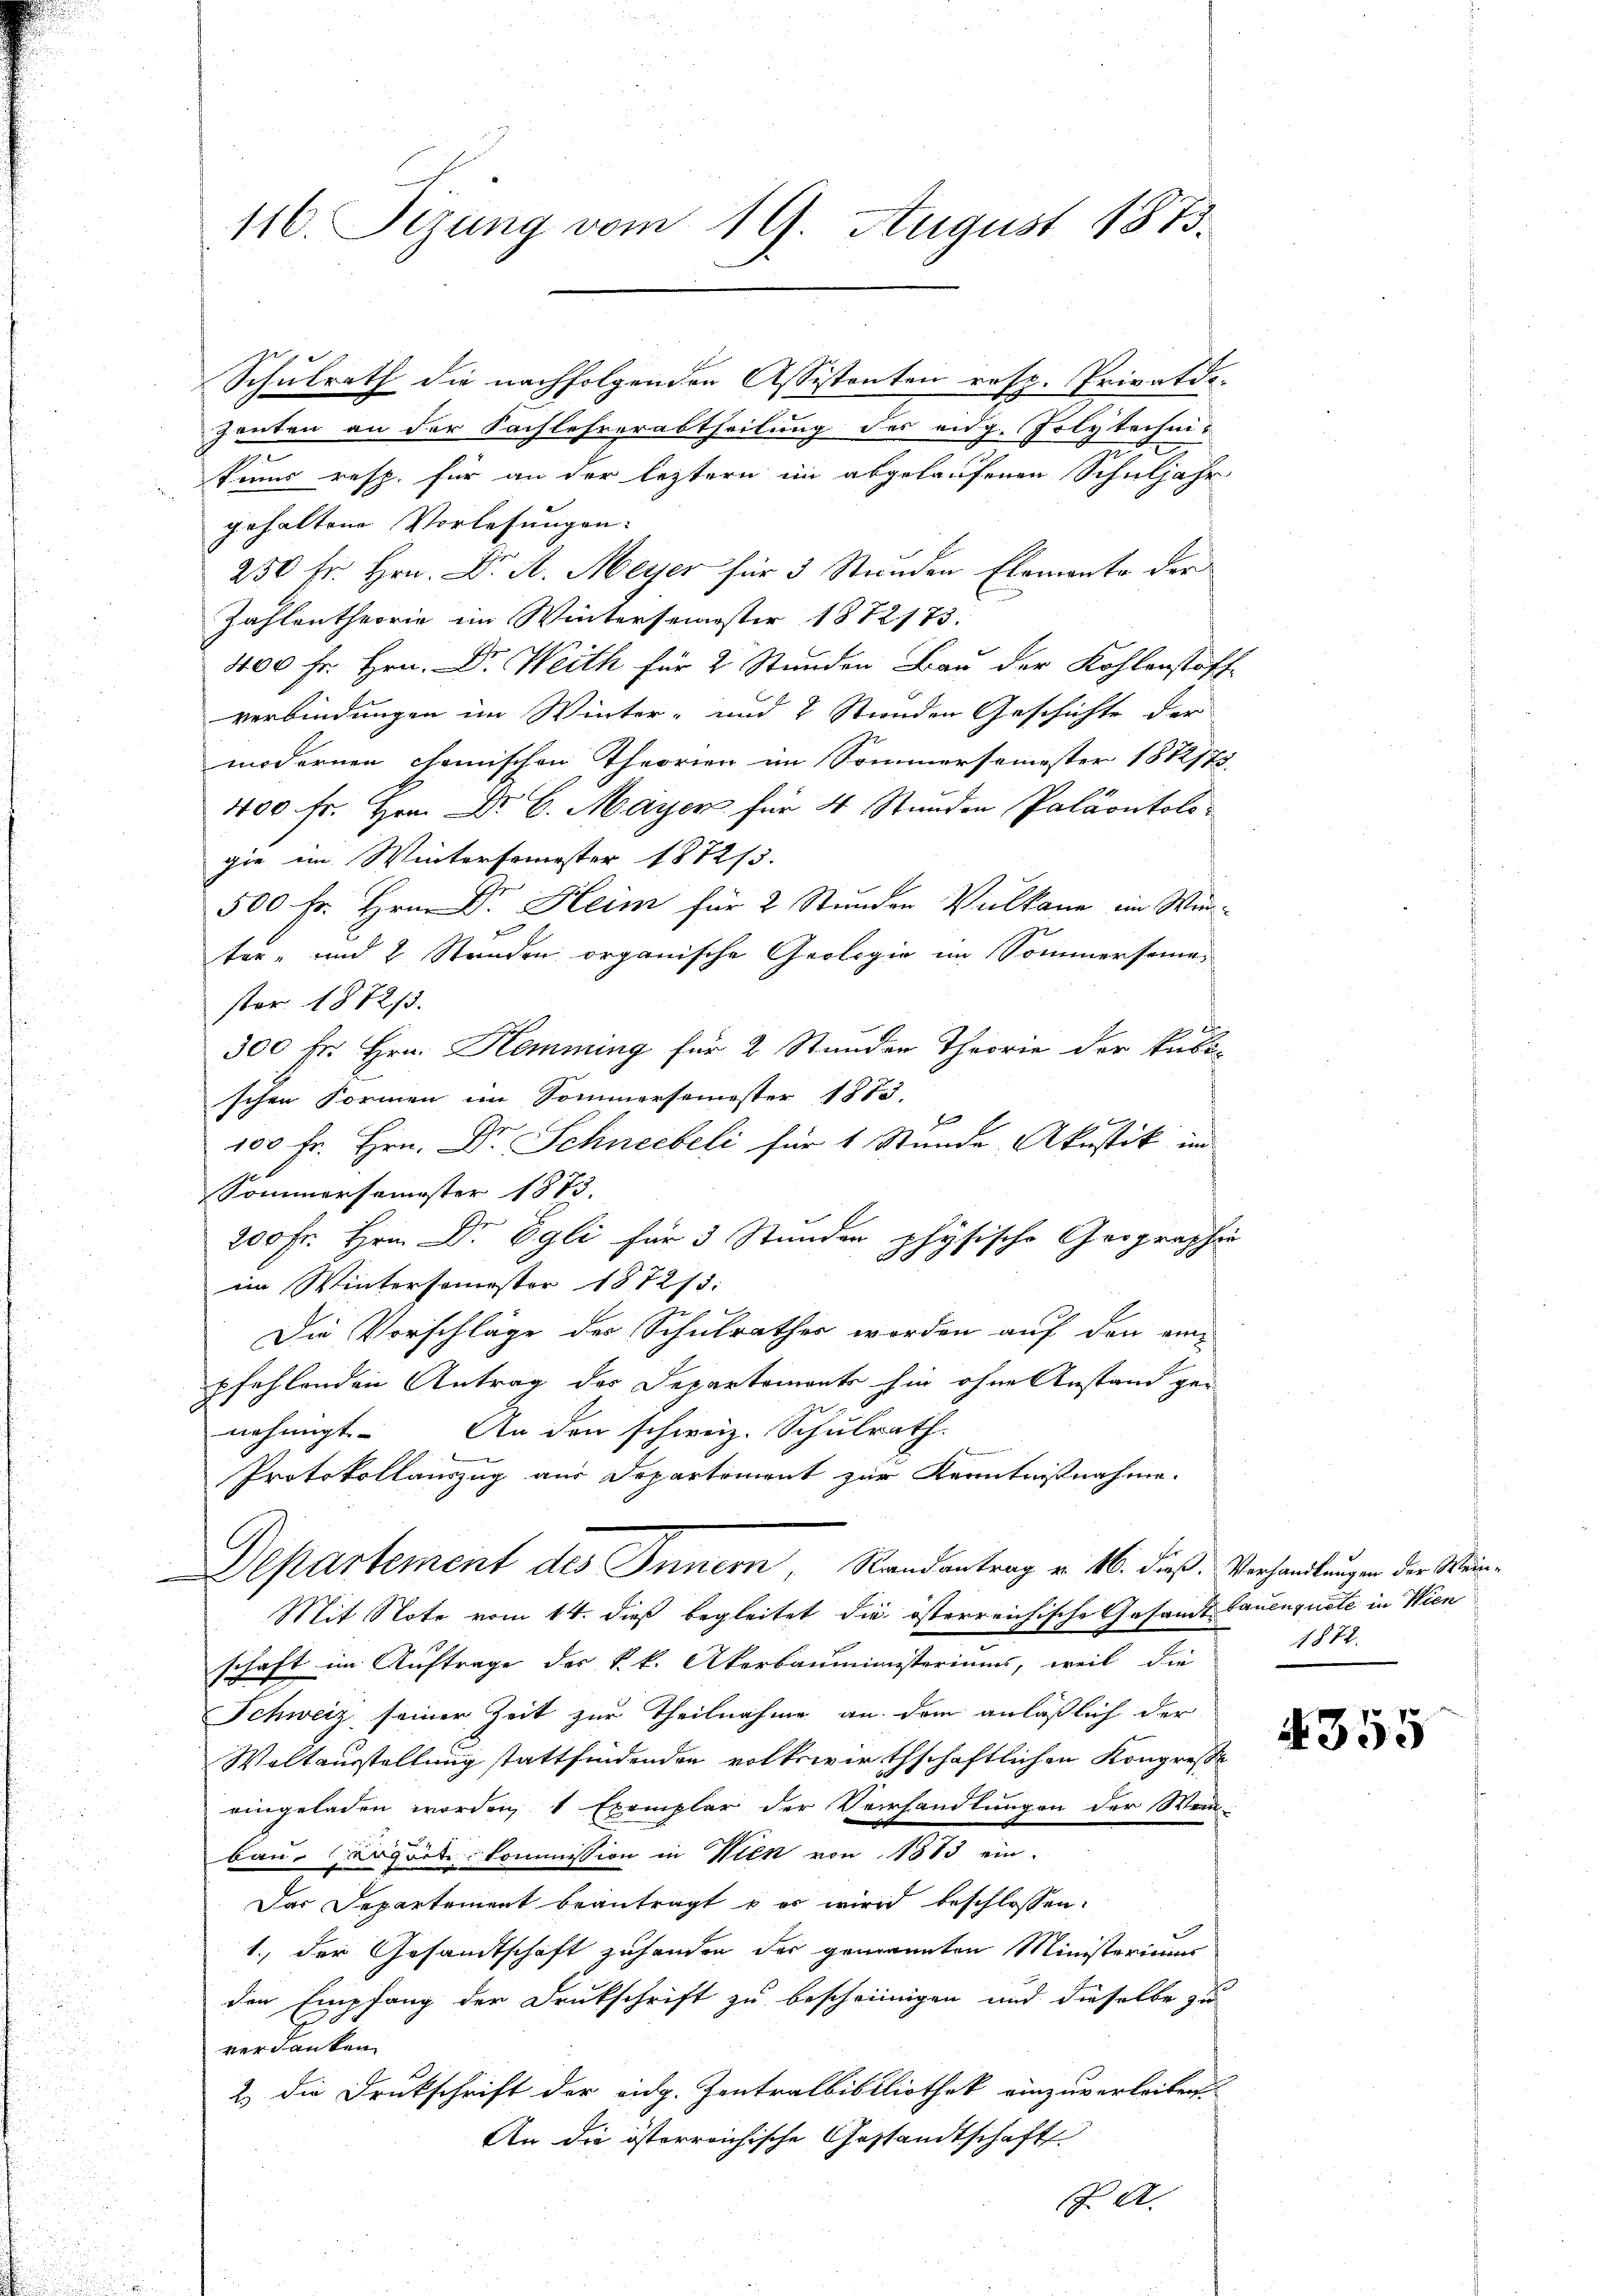
116. Sizung vom 19. August 1873.

Schulrath die nachfolgenden Assistenten resp. Privatdi-
Zeuten an der Sachlehrerabtheilung des eidg. Polytechni-
kumme resp. für an der leztern im abgelaufenen Schuljahr
gehaltene Vorlesungen-
250 fr. Hrn. Dr. A. Meyer für 3 Stunden Elemente der
Zahlentheorie im Wintersemester 1872/73.
400 Fr. Hrn. Dr. Weith für 2 Stunden Bau der Kohlenstoffe
verbindungen im Winter- und 2 Stunden Geschichte der
modernen chemischen Theorien im Sommersemester 1812173.
400 fr. Hrn. Dr. C. Mayer für 4 Stunden Paläontologie im Wintersemester 1872/3.
500 Fr. Hrn. Dr. Heim für 2 Stunden Vulkane im Wind
2
ter- und 2 Stunden organische Geologie im Sommersemester 1872/3.
300 Fr. Hrn. Hemming für 2 Stunden Theorie der Kubi-
schen Formen im Sommersemester 1873.
d
b
100 Fr. Hrn. Dr. Schneebeli für 1 Stunde Akastik im
Sommersemester 1873.
200 Fr. Hrn. Dr Egli für 3 Stunden physische Geographie
im Wintersamester 187273:
Die Vorschläge des Schulrathes worden auf den an
pfehlenden Antrag der Departemonts hin ohne Anstand genehmigt. An den schweiz. Schulrath.
Protokollauszug aus Departement zur Kenntnisnahme.
Departement des Innern, Randantrag v. 16. dieß: Verhandlungen der Wein¬
Mit Note vom 14. dieß begleitet die österreichische Gesandt bauengute in Wien
e
schaft im Auftrage des k.k. Akerbauministeriums, weil die
Schweiz seiner Zeit zur Theilnahme an dem anläßlich der
Waltausstellung stattfindenden volkswirthschaftlichen Kongresse
eingeladen worden, 1 Exemplar der Verhandlungen der Wein-
bau angerte Commission in Wick von 1313 ein.
Das Departement beantragt u es wird beschlossen:
1., der Gesandtschaft zuhanden der genannten Ministeriums
den Empfang der Drukschrift zu bescheinigen und dieselbe zu
verdanken.
2.) Die Druckschrift der eidg. Zentralbibliothek einzuverleiben.
An die österreichische Gestandtschafte
Sch. A.

1872.

4355